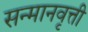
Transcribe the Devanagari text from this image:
सन्मानवृत्ती